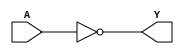
module CMOS_NOT_gate (
    input A,
    output Y
);

    assign Y = !A;

endmodule